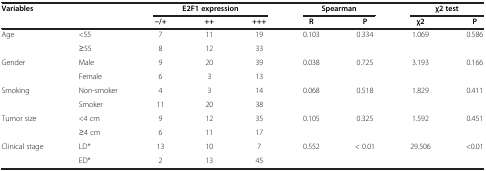
<table><thead><tr><td colspan="2"><b>Variables</b></td><td colspan="3"><b>E2F1 expression</b></td><td colspan="2"><b>Spearman</b></td><td colspan="2"><b>χ2 test</b></td></tr><tr><td><b> </b></td><td><b> </b></td><td><b>−/+</b></td><td><b>++</b></td><td><b>+++</b></td><td><b>R</b></td><td><b>P</b></td><td><b>χ2</b></td><td><b>P</b></td></tr></thead><tbody><tr><td rowspan="2">Age</td><td>&lt;55</td><td>7</td><td>11</td><td>19</td><td rowspan="2">0.103</td><td rowspan="2">0.334</td><td rowspan="2">1.069</td><td rowspan="2">0.586</td></tr><tr><td>≥55</td><td>8</td><td>12</td><td>33</td></tr><tr><td rowspan="2">Gender</td><td>Male</td><td>9</td><td>20</td><td>39</td><td rowspan="2">0.038</td><td rowspan="2">0.725</td><td rowspan="2">3.193</td><td rowspan="2">0.166</td></tr><tr><td>Female</td><td>6</td><td>3</td><td>13</td></tr><tr><td rowspan="2">Smoking</td><td>Non-smoker</td><td>4</td><td>3</td><td>14</td><td rowspan="2">0.068</td><td rowspan="2">0.518</td><td rowspan="2">1.829</td><td rowspan="2">0.411</td></tr><tr><td>Smoker</td><td>11</td><td>20</td><td>38</td></tr><tr><td rowspan="2">Tumor size</td><td>&lt;4 cm</td><td>9</td><td>12</td><td>35</td><td rowspan="2">0.105</td><td rowspan="2">0.325</td><td rowspan="2">1.592</td><td rowspan="2">0.451</td></tr><tr><td>≥4 cm</td><td>6</td><td>11</td><td>17</td></tr><tr><td rowspan="2">Clinical stage</td><td>LD*</td><td>13</td><td>10</td><td>7</td><td rowspan="2">0.552</td><td rowspan="2">&lt; 0.01</td><td rowspan="2">29.506</td><td rowspan="2">&lt;0.01</td></tr><tr><td>ED*</td><td>2</td><td>13</td><td>45</td></tr></tbody></table>